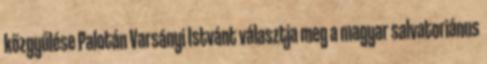
közgyűlése Palotán Varsányi Istvánt választja meg a magyar salvatoriánus